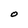
Character: O